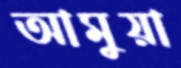
আমুয়া